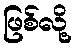
ဖြစ်လို့